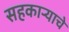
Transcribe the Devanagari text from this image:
सहकाऱ्याचे